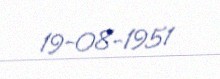
19-08-1951